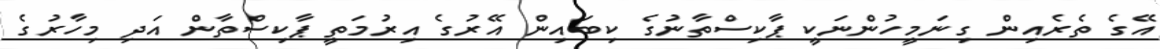
އޭގެ ތެރެއިން ގިނަމީހުންނަކީ ޕާކިސްތާނުގެ ކިބައިން އޭރުގެ އިރުމަތީ ޕާކިސްތާން އަދި މިހާރުގެ